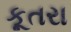
કૂતરા